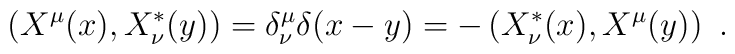
\left(X^\mu(x) ,X^*_\nu(y) \right)=\delta ^\mu _\nu\delta (x-y)=-\left(X^*_\nu(x) ,X^\mu(y) \right)\ .